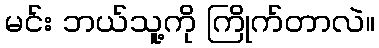
မင်း ဘယ်သူ့ကို ကြိုက်တာလဲ။